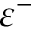
\varepsilon ^ { - }